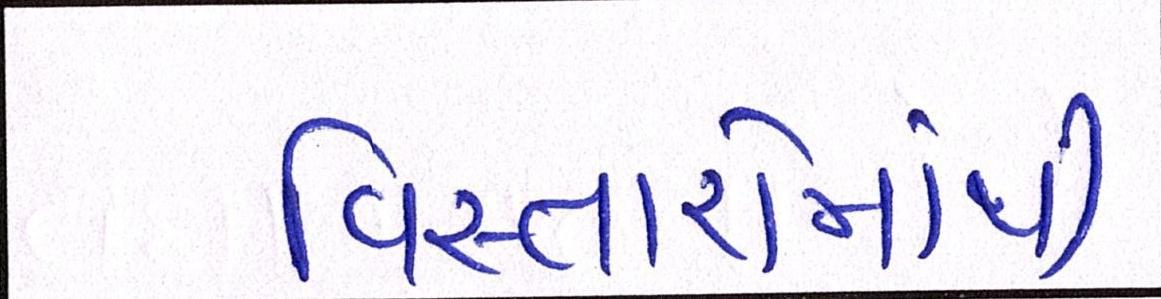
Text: વિસ્તારોમાંથી